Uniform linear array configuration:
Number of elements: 16
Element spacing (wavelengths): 0.25
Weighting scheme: binomial
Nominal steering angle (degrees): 60
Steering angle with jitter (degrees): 58.405
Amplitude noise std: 0.05
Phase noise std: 0.05

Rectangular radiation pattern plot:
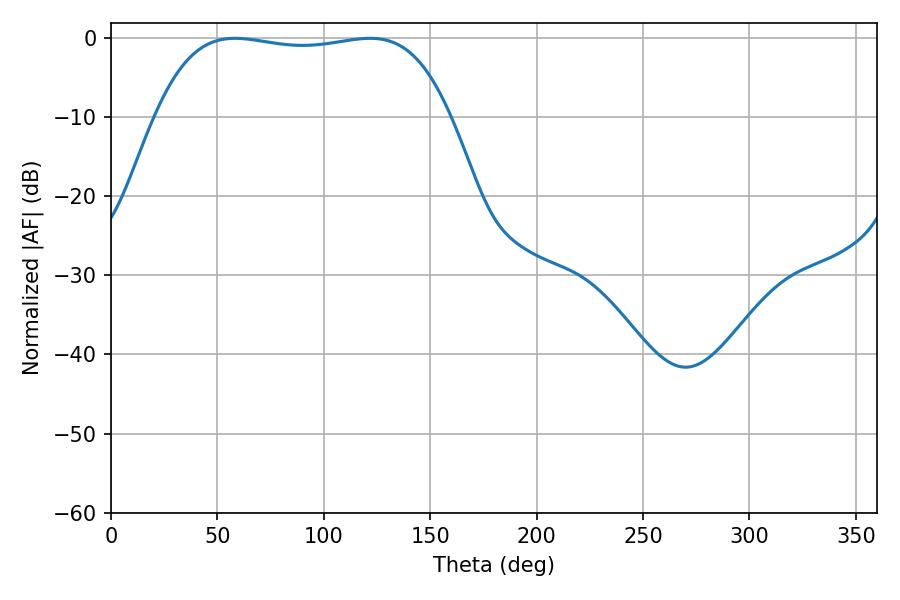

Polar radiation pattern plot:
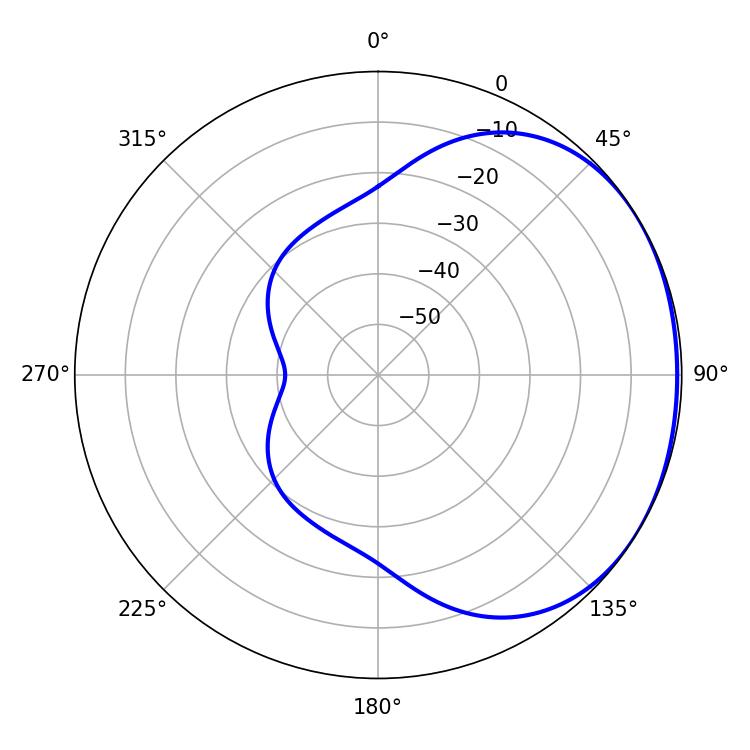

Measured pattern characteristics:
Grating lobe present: FALSE
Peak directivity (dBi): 1.217
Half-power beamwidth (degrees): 109.8
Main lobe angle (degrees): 58.32